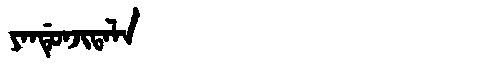
Manchu: ᠶᠠᠨᡩᡠᠨᠵᡳᡨᠠᠯᠠ
Romanization: YANDUNJITALA